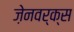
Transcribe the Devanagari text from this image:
ज़ेनवर्क्स